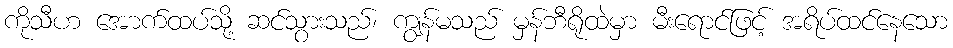
ကိုသီဟ အောက်ထပ်သို့ ဆင်သွားသည်၊ ကျွန်မသည် မှန်ဘီရိုထဲမှာ မီးရောင်ဖြင့် အရိပ်ထင်နေသော